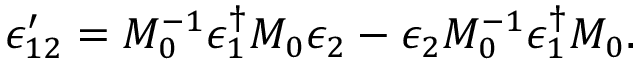
\epsilon _ { 1 2 } ^ { \prime } = M _ { 0 } ^ { - 1 } \epsilon _ { 1 } ^ { \dagger } M _ { 0 } \epsilon _ { 2 } - \epsilon _ { 2 } M _ { 0 } ^ { - 1 } \epsilon _ { 1 } ^ { \dagger } M _ { 0 } .